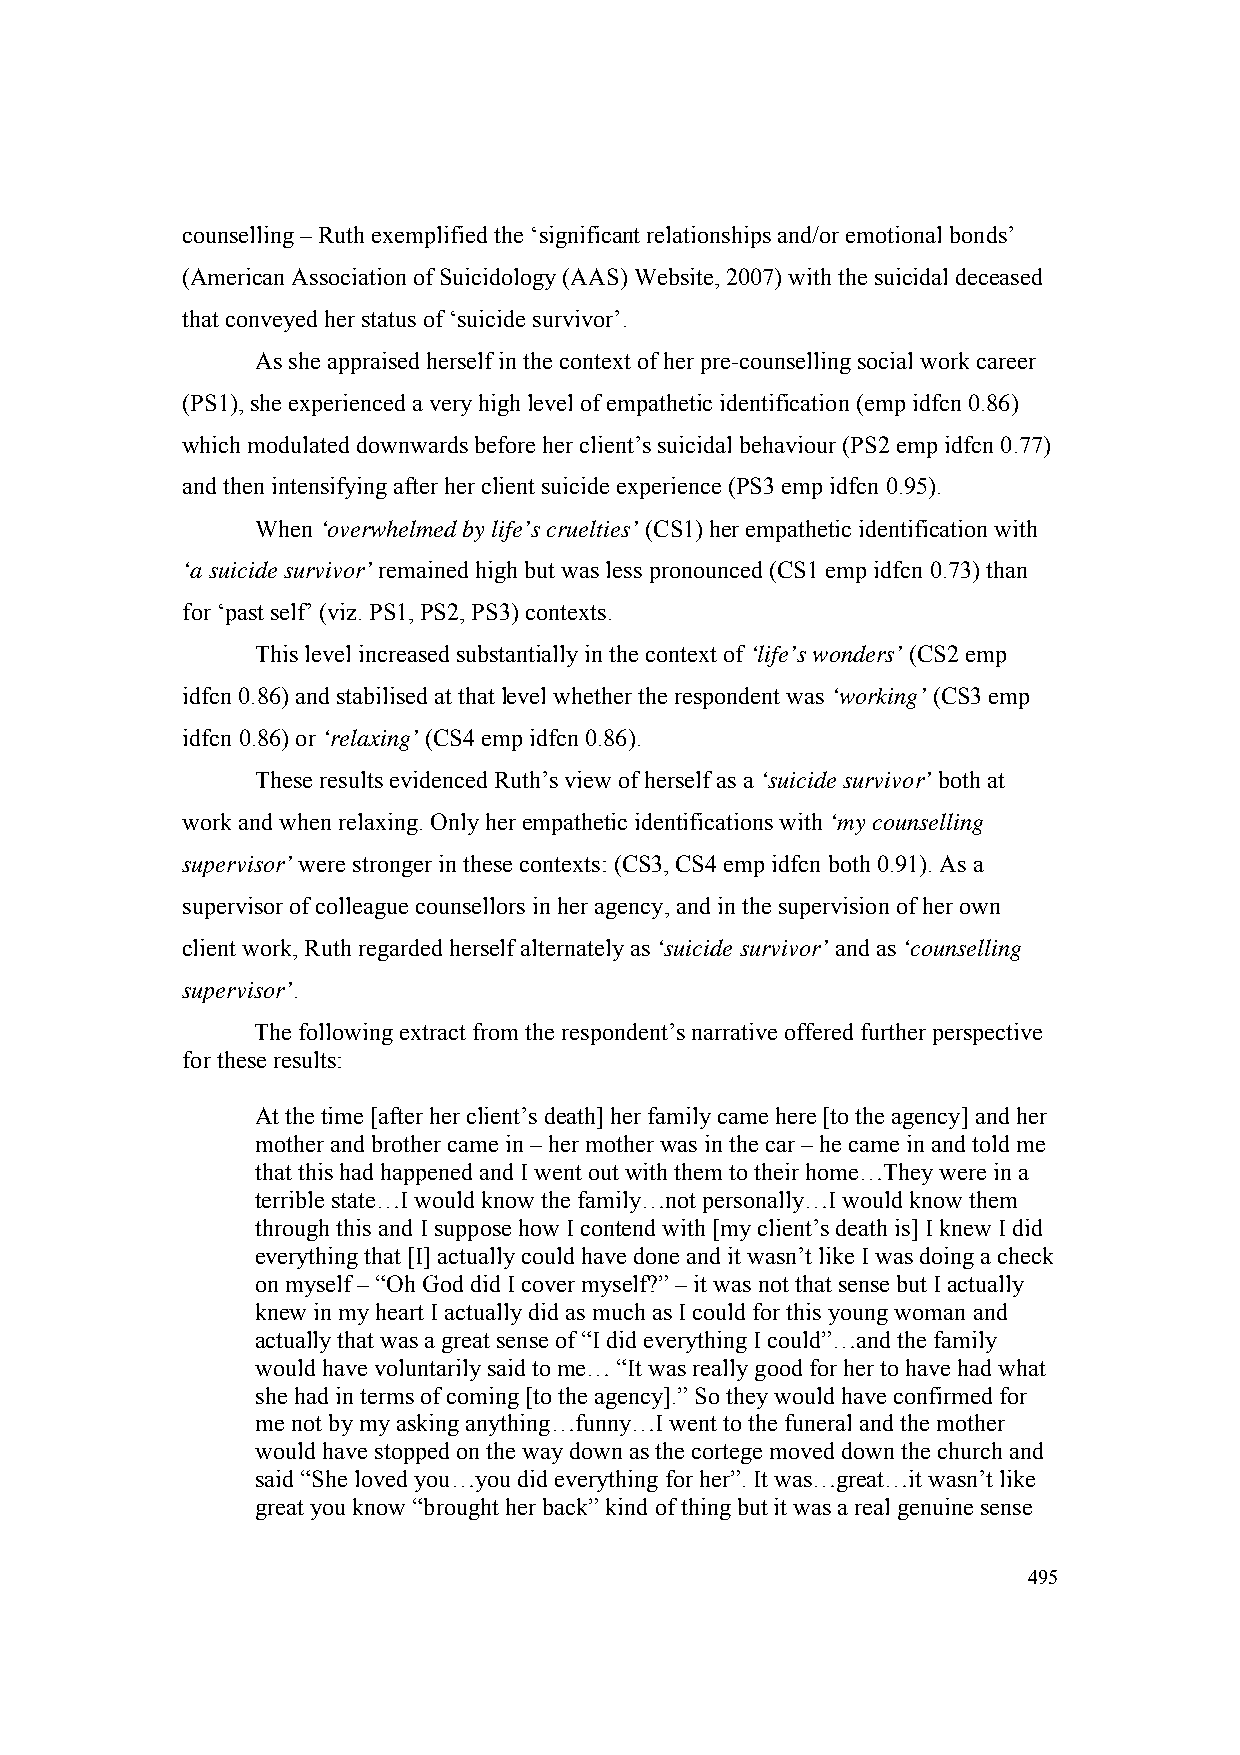
counselling – Ruth exemplified the ‘significant relationships and/or emotional bonds’
 (American Association of Suicidology (AAS) Website, 2007) with the suicidal deceased
 that conveyed her status of ‘suicide survivor’.
 As she appraised herself in the context of her pre-counselling social work career
 (PS1), she experienced a very high level of empathetic identification (emp idfcn 0.86)
 which modulated downwards before her client’s suicidal behaviour (PS2 emp idfcn 0.77)
 and then intensifying after her client suicide experience (PS3 emp idfcn 0.95).
 When ‘overwhelmed by life’s cruelties’ (CS1) her empathetic identification with
 ‘a suicide survivor’ remained high but was less pronounced (CS1 emp idfcn 0.73) than
 for ‘past self’ (viz. PS1, PS2, PS3) contexts.
 This level increased substantially in the context of ‘life’s wonders’ (CS2 emp
 idfcn 0.86) and stabilised at that level whether the respondent was ‘working’ (CS3 emp
 idfcn 0.86) or ‘relaxing’ (CS4 emp idfcn 0.86).
 These results evidenced Ruth’s view of herself as a ‘suicide survivor’ both at
 work and when relaxing. Only her empathetic identifications with ‘my counselling
 supervisor’ were stronger in these contexts: (CS3, CS4 emp idfcn both 0.91). As a
 supervisor of colleague counsellors in her agency, and in the supervision of her own
 client work, Ruth regarded herself alternately as ‘suicide survivor’ and as ‘counselling
 supervisor’.
 The following extract from the respondent’s narrative offered further perspective
 for these results:
 At the time [after her client’s death] her family came here [to the agency] and her
 mother and brother came in – her mother was in the car – he came in and told me
 that this had happened and I went out with them to their home…They were in a
 terrible state…I would know the family…not personally…I would know them
 through this and I suppose how I contend with [my client’s death is] I knew I did
 everything that [I] actually could have done and it wasn’t like I was doing a check
 on myself – “Oh God did I cover myself?” – it was not that sense but I actually
 knew in my heart I actually did as much as I could for this young woman and
 actually that was a great sense of “I did everything I could”…and the family
 would have voluntarily said to me… “It was really good for her to have had what
 she had in terms of coming [to the agency].” So they would have confirmed for
 me not by my asking anything…funny…I went to the funeral and the mother
 would have stopped on the way down as the cortege moved down the church and
 said “She loved you…you did everything for her”. It was…great…it wasn’t like
 great you know “brought her back” kind of thing but it was a real genuine sense
 495